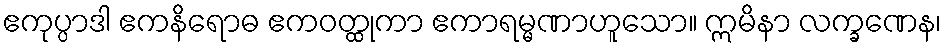
ဧကုပ္ပာဒါ ဧကနိရောဓ ဧကဝတ္ထုကာ ဧကာရမ္မဏာဟူသော။ ဣမိနာ လက္ခဏေန၊